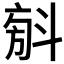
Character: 𣁼